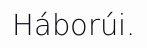
Háborúi.